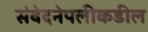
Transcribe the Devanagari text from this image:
संवेदनेपलीकडील